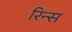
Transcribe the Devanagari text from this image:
रिन्स